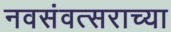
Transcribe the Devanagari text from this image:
नवसंवत्सराच्या